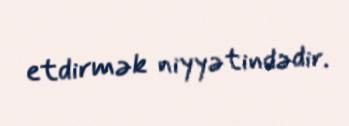
etdirmək niyyətindədir.